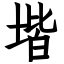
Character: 堦